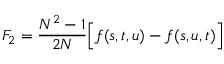
{ \cal F } _ { 2 } = \frac { N ^ { 2 } - 1 } { 2 N } \Big [ f ( s , t , u ) - f ( s , u , t ) \Big ]